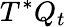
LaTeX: T^{*}Q_{t}